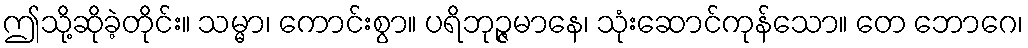
ဤသို့ဆိုခဲ့တိုင်း။ သမ္မာ၊ ကောင်းစွာ။ ပရိဘုဉ္ဇမာနေ၊ သုံးဆောင်ကုန်သော။ တေ ဘောဂေ၊